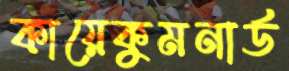
কায়েকুমনার্ড